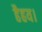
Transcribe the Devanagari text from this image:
हैहय।